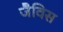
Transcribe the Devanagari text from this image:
जैविस